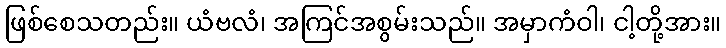
ဖြစ်စေသတည်း။ ယံဗလံ၊ အကြင်အစွမ်းသည်။ အမှာကံဝါ၊ ငါ့တို့အား။